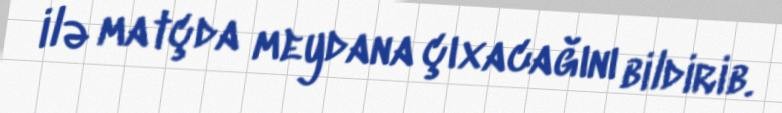
ilə matçda meydana çıxacağını bildirib.